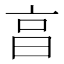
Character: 亯